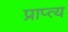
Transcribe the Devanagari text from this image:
प्राप्त्य